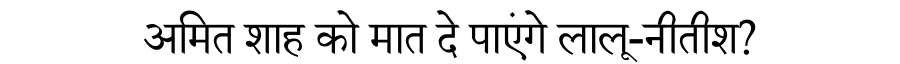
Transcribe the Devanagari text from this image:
अमित शाह को मात दे पाएंगे लालू-नीतीश?